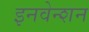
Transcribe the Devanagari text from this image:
इनवेन्शन